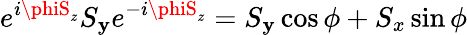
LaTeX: e^{i\phiS_{z}}S_{\mathbf{y}}e^{-i\phiS_{z}}=S_{\mathbf{y}}\cos\phi+S_{x}\sin\phi